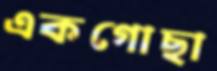
একগোছা